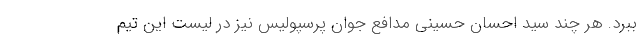
ببرد. هر چند سید احسان حسینی مدافع جوان پرسپولیس نیز در لیست این تیم